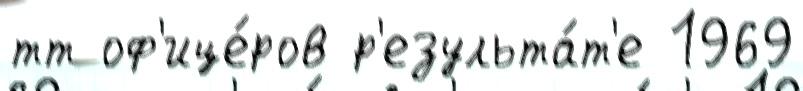
тт оф'ице́ров р'езульта́т'е 1969